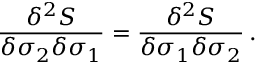
{ \frac { \delta ^ { 2 } S } { \delta \sigma _ { 2 } \delta \sigma _ { 1 } } } = { \frac { \delta ^ { 2 } S } { \delta \sigma _ { 1 } \delta \sigma _ { 2 } } } \, .